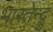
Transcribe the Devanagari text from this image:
भारतेन्द्रु